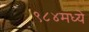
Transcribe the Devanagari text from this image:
९८४मध्ये